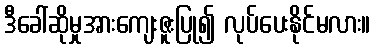
ဒီခေါ်ဆိုမှုအားကျေးဇူးပြု၍ လုပ်ပေးနိုင်မလား။